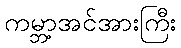
ကမ္ဘာ့အင်အားကြီး